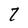
Character: 7